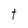
Character: t